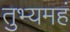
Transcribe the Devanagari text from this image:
तुभ्यमहं